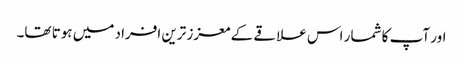
اور آپ کا شمار اس علاقے کے معزز ترین افراد میں ہوتا تھا۔